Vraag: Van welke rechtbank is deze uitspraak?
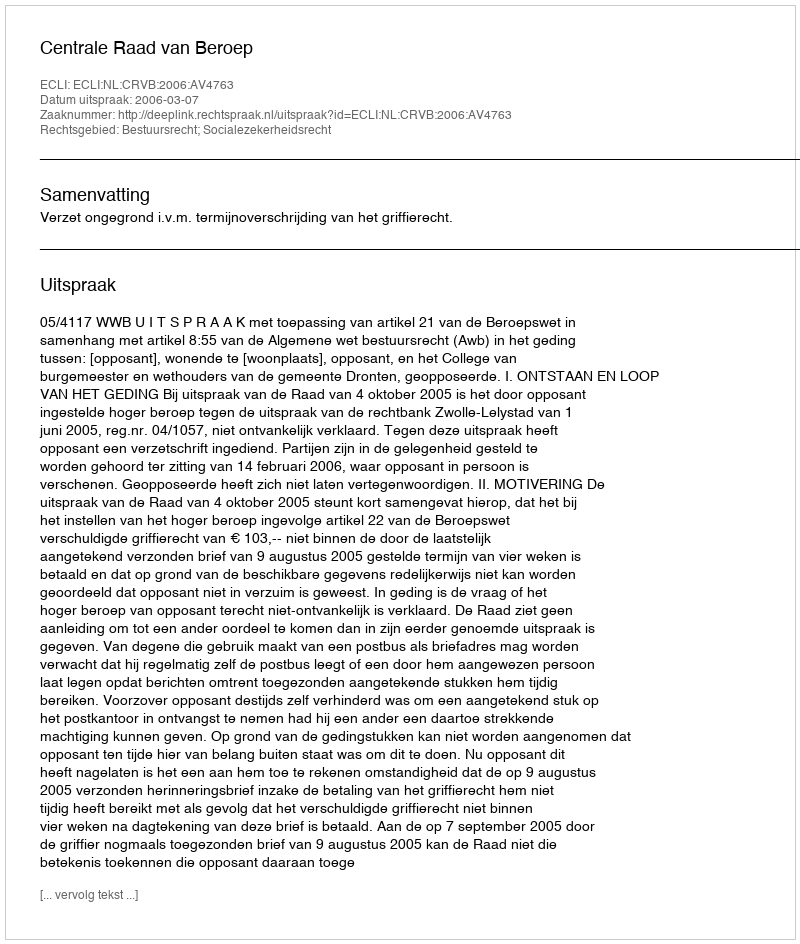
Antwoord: Centrale Raad van Beroep